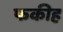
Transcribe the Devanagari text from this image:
फकीह